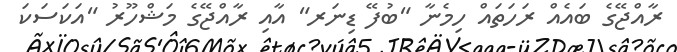
ރާއްޖޭގެ ބައެއް ރަހަތައް ހިމެނާ "ބުފޭ ޑިނަރ" އާއި ރާއްޖޭގެ މަޝްހޫރު "އަކަސަކަ